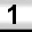
Digit: 1